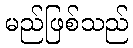
မည်ဖြစ်သည်